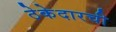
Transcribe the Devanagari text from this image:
ठेकेदारची